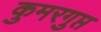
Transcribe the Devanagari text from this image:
कुमरगुप्त